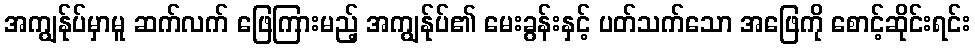
အကျွန်ုပ်မှာမူ ဆက်လက် ဖြေကြားမည့် အကျွန်ုပ်၏ မေးခွန်းနှင့် ပတ်သက်သော အဖြေကို စောင့်ဆိုင်းရင်း